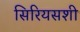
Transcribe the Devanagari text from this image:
सिरियसशी